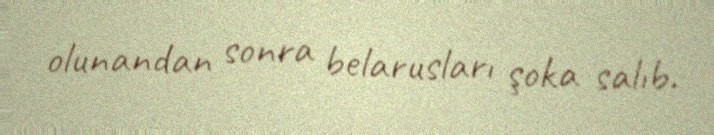
olunandan sonra belarusları şoka salıb.